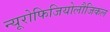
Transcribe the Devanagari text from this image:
न्यूरोफिजियोलौजिकल